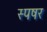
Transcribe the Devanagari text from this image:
स्पषर